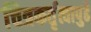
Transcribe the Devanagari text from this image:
चित्रकर्तृत्वापुढे